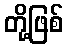
တို့ဖြစ်